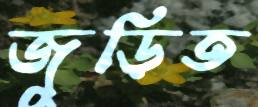
জুড়িত